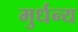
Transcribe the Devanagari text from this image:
मुर्धन्य